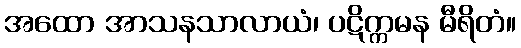
အထော အာသနသာလာယံ၊ ပဋိက္ကမန မီရိတံ။